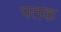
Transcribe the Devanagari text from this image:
पतक